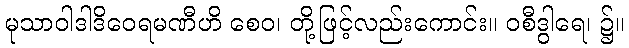
မုသာဝါဒါဒိဝေရမဏီဟိ စေဝ၊ တို့ဖြင့်လည်းကောင်း။ ဝစီဒွါရေ၊ ၌။